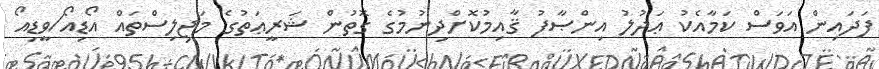
ފަދައިން އަވަސް ކަމާއެކު ޢަދުލު އިންޞާފު ޤާއިމުކޮށްދިނުމުގެ ގޮތުން ޝަރީޢަތުގެ މަޖިލިސްތައް އޯޑިއޯ/ވީޑިއޯ